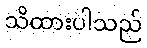
သိထားပါသည်